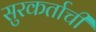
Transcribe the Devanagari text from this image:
सुरकर्ताची